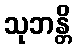
သုဘန္တိ